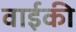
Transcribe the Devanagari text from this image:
वाईकी